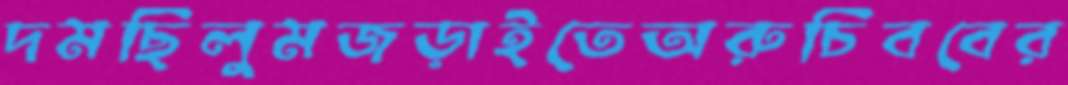
দমছিলুমজড়াইতেঅরুচিববের